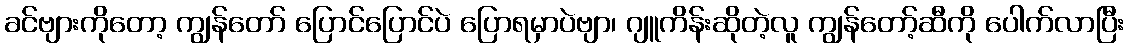
ခင်ဗျားကိုတော့ ကျွန်တော် ပြောင်ပြောင်ပဲ ပြောရမှာပဲဗျာ၊ ဂျူကိန်းဆိုတဲ့လူ ကျွန်တော့်ဆီကို ပေါက်လာပြီး